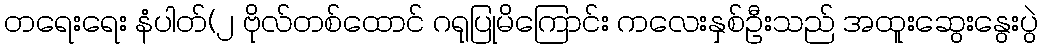
တရေးရေး နံပါတ်(၂ ဗိုလ်တစ်ထောင် ဂရုပြုမိကြောင်း ကလေးနှစ်ဦးသည် အထူးဆွေးနွေးပွဲ